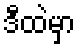
ဒီထဲမှာ